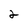
Character: 2